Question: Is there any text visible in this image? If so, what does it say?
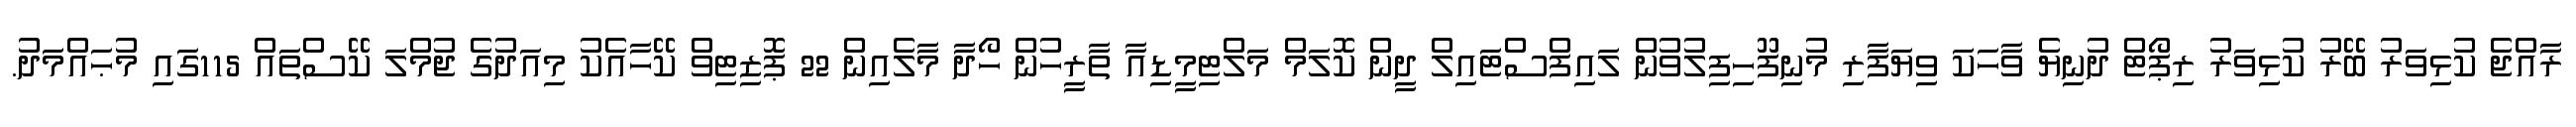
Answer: ރާއްޖެ ކުޅިވަރު ބޭރު ކުޅިވަރު ރިޕޯޓް ދުނިޔެ ވާހަކަ ވިޔަފާރި މުނިފޫހިފިލުވުން ލައިފްސްޓައިލް ދީން ކޮލަމް މަލްޓިމީޑިއާ ތާރީހުން ހޯދާ މާލެއިން 22 ޕޮޒިޓިވް ކޭހާއެކު މިއަދުގެ ޖުމްލަ ކޭސްތައް 115ގައި މުޙައްމަދު.